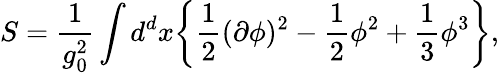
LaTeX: S=\frac{1}{g_{0}^{2}}\int d^{d}x\bigg\{ \frac{1}{2}(\partial\phi)^{2}-\frac{1}{2}\phi^{2}+\frac{1}{3}\phi^{3}\bigg\} ,